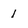
Character: 1